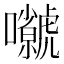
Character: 𡅗